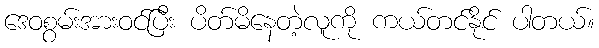
ဒေဝစွမ်းအားဝင်ပြီး ပိတ်မိနေတဲ့လူကို ကယ်တင်နိုင် ပါတယ်။